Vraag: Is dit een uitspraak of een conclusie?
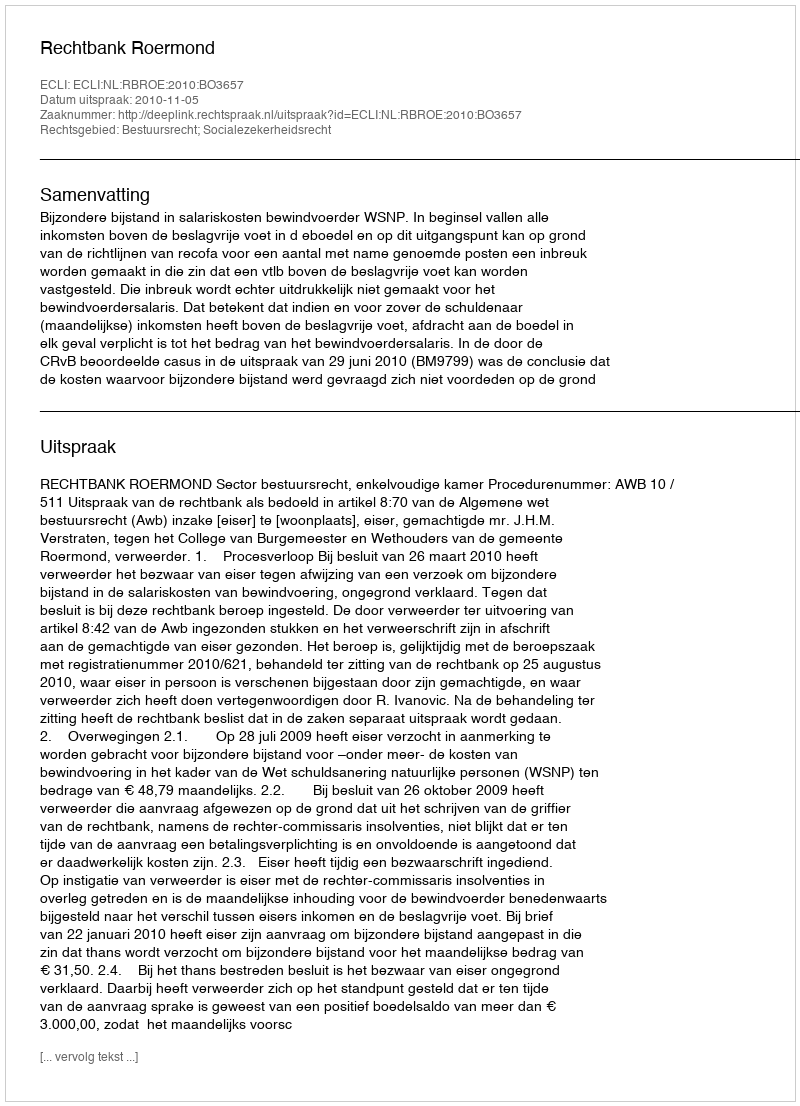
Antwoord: Uitspraak